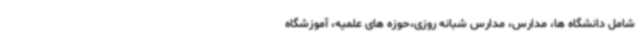
شامل دانشگاه ها، مدارس، مدارس شبانه روزی،حوزه های علمیه، آموزشگاه